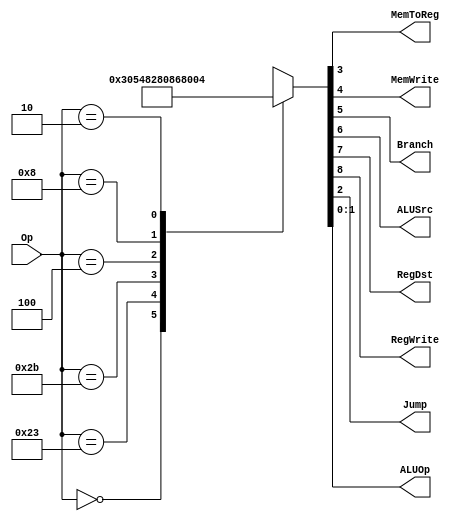
module MainDec (
    input [5:0] Op,
    output MemToReg,MemWrite,
    output Branch,ALUSrc,
    output RegDst,RegWrite,
    output Jump,
    output [1:0] ALUOp);

    reg [8:0] Controls;
    assign {RegWrite, RegDst, ALUSrc, Branch, MemWrite, MemToReg, Jump, ALUOp} = Controls;

    always @(*) begin
        case (Op)
            6'b000000: Controls <= 9'b110000010;  // RTYPE
            6'b100011: Controls <= 9'b101001000;  // LW
            6'b101011: Controls <= 9'b001010000;  // SW
            6'b000100: Controls <= 9'b000100001;  // BEQ
            6'b001000: Controls <= 9'b101000000;  // ADDI
            6'b000010: Controls <= 9'b000000100;  // J
            default:   Controls <= 9'bxxxxxxxxx;  // illegal Op
        endcase
    end
endmodule